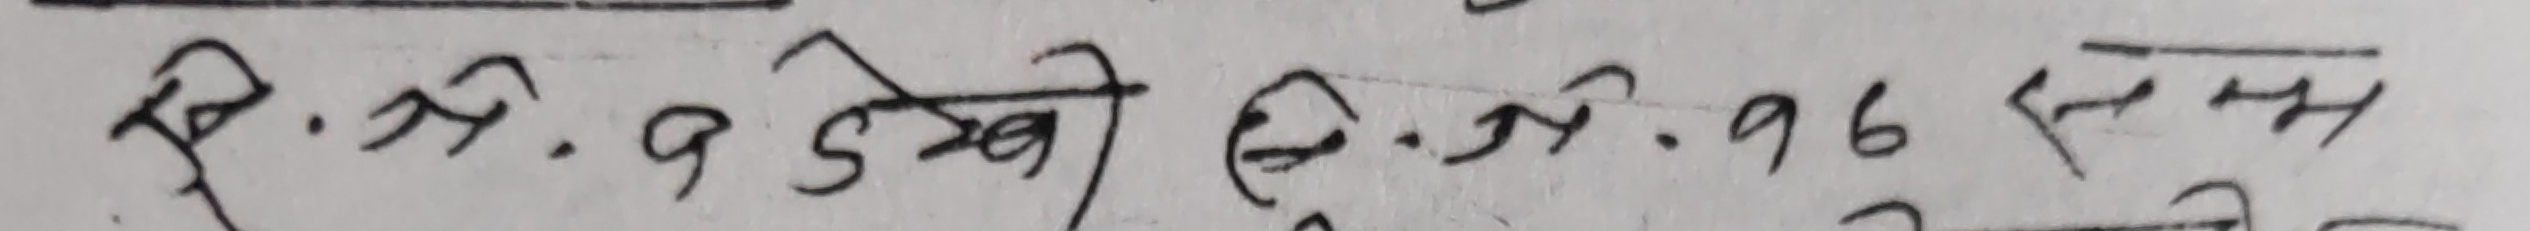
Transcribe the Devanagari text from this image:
बि.सं. २०५९ देखी बि.सं. २०७६ सम्म